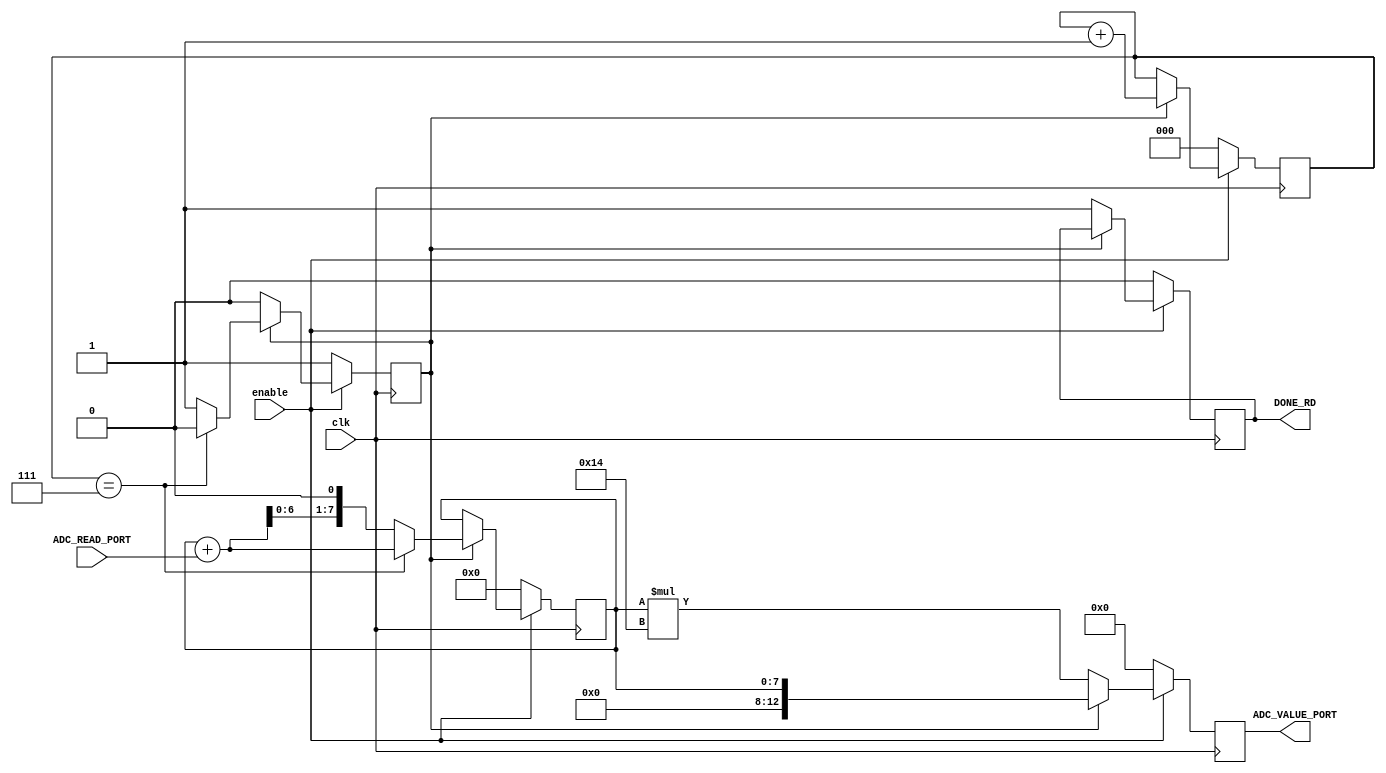
`timescale 1ns / 1ps
//////////////////////////////////////////////////////////////////////////////////
// Company: 
// Engineer: 
// 
// Design Name: 
// Module Name:    ADC_READER 
// Project Name: 
// Target Devices: 
// Tool versions: 
// Description: 
//
// Dependencies: 
//
// Revision: 
// Revision 0.01 - File Created
// Additional Comments: 
//
//////////////////////////////////////////////////////////////////////////////////
module ADC_READER(ADC_VALUE_PORT, DONE_RD, ADC_READ_PORT, enable, clk);

    output reg [12:0] ADC_VALUE_PORT; //recibe un valor de 8 bits multiplicado por 20 lo que dara un total de 13 bits
    output reg        DONE_RD;
    input             ADC_READ_PORT;
    input             enable;   
    input             clk; 

           reg [2:0] counter;
           reg [7:0] registro;
           reg       activador;

    initial begin
      ADC_VALUE_PORT  = 13'd0;
      DONE_RD         = 0;
      counter         = 3'b000;
      registro       <= 8'b00000000;
      activador       = 1;
    end  
    
     
always @(posedge clk) 

    if (enable==0) 

        begin
        counter         =  3'b000;
        registro       <= 8'b00000000;
        ADC_VALUE_PORT  =  13'd0;
        DONE_RD         =  0;
        activador       =  1;
        end

    else if (enable==1) 

        begin
  
             if(activador==1)
              begin
                 
                  registro<=(registro+ADC_READ_PORT)<<1;
                  ADC_VALUE_PORT=registro;

                 if(counter==3'b111) 
                   begin
                    registro<=registro+ADC_READ_PORT;
                    ADC_VALUE_PORT=registro;
                    activador=0;
                   end

                 counter = counter+1'b1;      
              end

             else if(activador==0)
              begin
                  DONE_RD        = 1;
                  ADC_VALUE_PORT = registro*20;  
              end    
        end

endmodule